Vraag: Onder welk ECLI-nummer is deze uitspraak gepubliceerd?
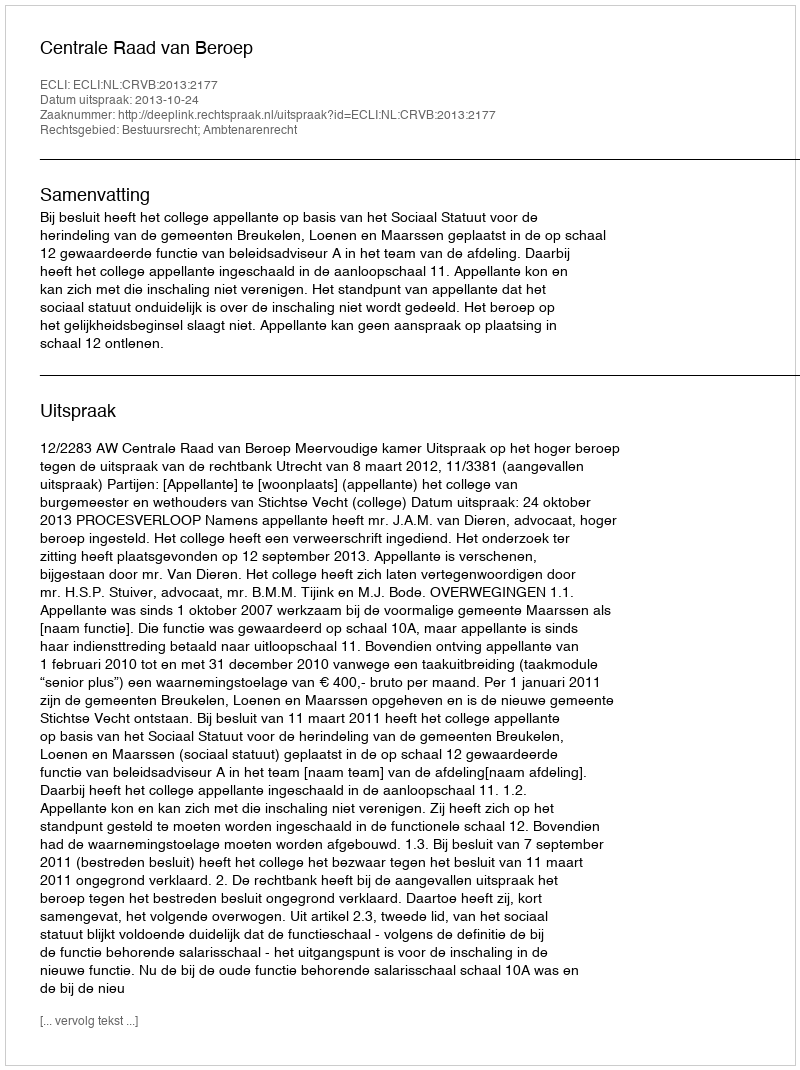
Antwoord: ECLI:NL:CRVB:2013:2177